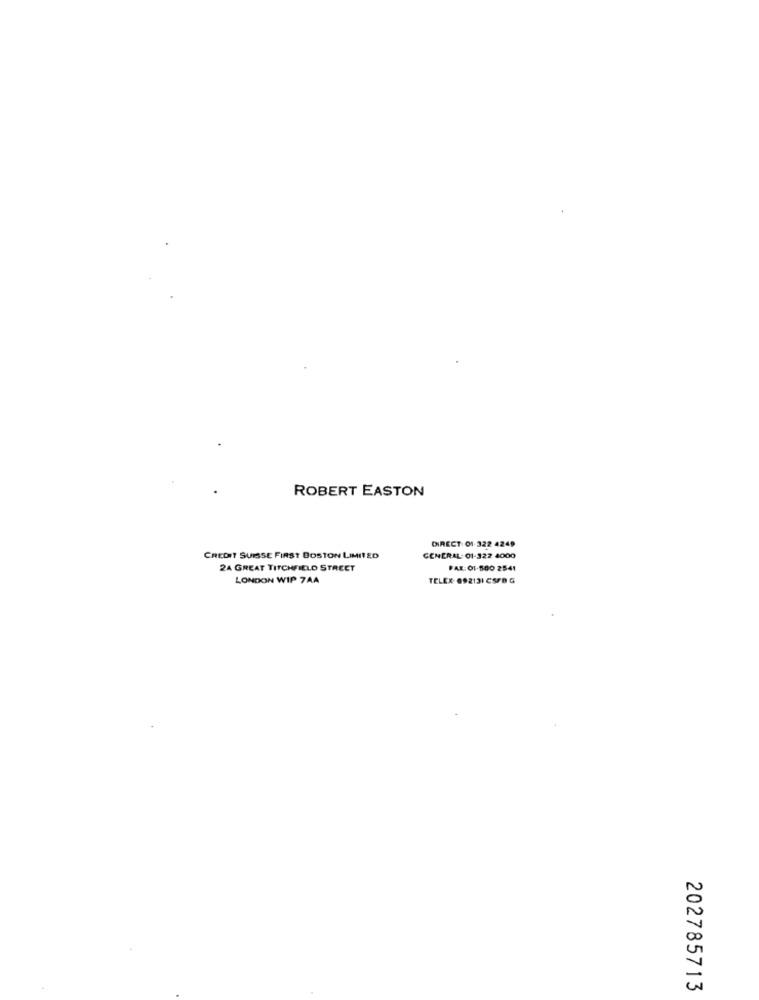
ROBERT EASTON
DIRECT 01 322 4249
CREDIT SUISSE FIRST BOSTON LIMITED
GENERAL- 01-322 4000
24 GREAT TITCHFIELD STREET
FAX: 01-500 2541
LONDON WIP 7AA
TELEX 692131 CS/8 G
N
00
202785713